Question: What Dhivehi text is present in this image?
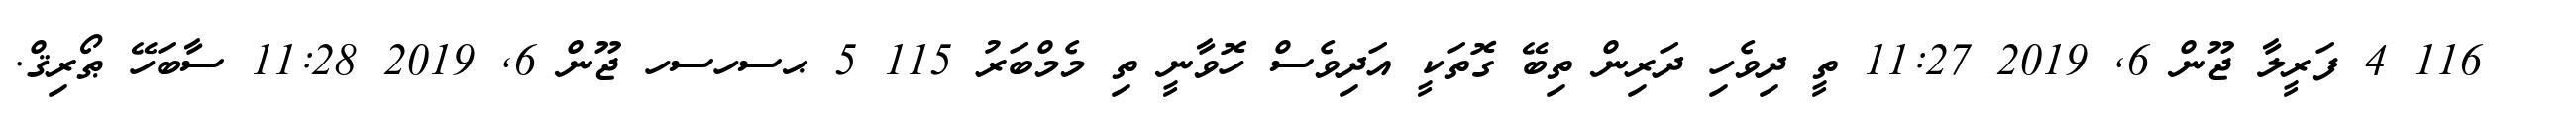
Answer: ??? 116 4 ފަރީލާ ޖޫން 6, 2019 11:27 ތީ ދިވެހި ދަރިން ތިބޭ ގޮތަކީ އަދިވެސް ހޮވާނީ ތި މެމްބަރު 115 5 ޙސހސހ ޖޫން 6, 2019 11:28 ސާބަހޭ ޠޯރިޤް.